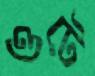
ওটে